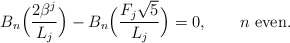
\begin{align*}B_n \Big(\frac{2\beta ^j }{L_j}\Big) - B_n \Big(\frac{F_j \sqrt 5}{ L_j}\Big) = 0,\qquad\mbox{$n$ even}.\end{align*}